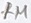
Text: 1M